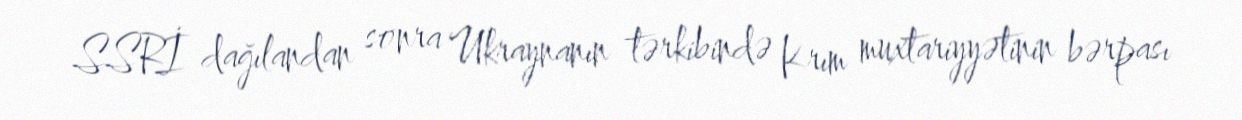
SSRİ dağılandan sonra Ukraynanın tərkibində Krım muxtariyyətinin bərpası